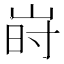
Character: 𱛬